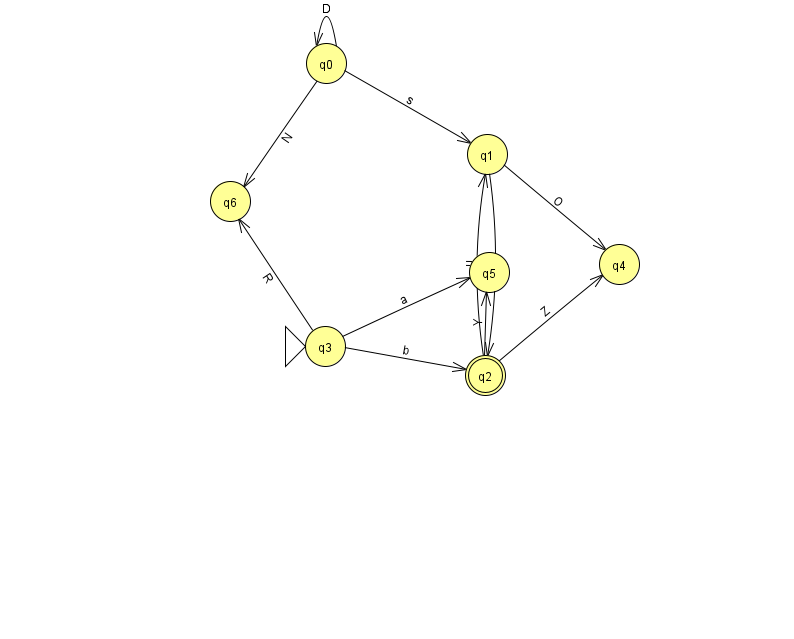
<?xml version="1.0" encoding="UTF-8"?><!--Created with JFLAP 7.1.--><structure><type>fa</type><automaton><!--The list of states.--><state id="0" name="q0"><x>326.0</x><y>50.0</y></state><state id="1" name="q1"><x>487.0</x><y>141.0</y></state><state id="2" name="q2"><x>485.0</x><y>362.0</y><final/></state><state id="3" name="q3"><x>325.0</x><y>333.0</y><initial/></state><state id="4" name="q4"><x>619.0</x><y>251.0</y></state><state id="5" name="q5"><x>489.0</x><y>259.0</y></state><state id="6" name="q6"><x>230.0</x><y>188.0</y></state><!--The list of transitions.--><transition><from>2</from><to>1</to><read>u</read></transition><transition><from>1</from><to>2</to><read>v</read></transition><transition><from>0</from><to>0</to><read>D</read></transition><transition><from>2</from><to>5</to><read>Y</read></transition><transition><from>3</from><to>5</to><read>a</read></transition><transition><from>0</from><to>1</to><read>s</read></transition><transition><from>0</from><to>6</to><read>N</read></transition><transition><from>2</from><to>4</to><read>Z</read></transition><transition><from>3</from><to>2</to><read>b</read></transition><transition><from>1</from><to>4</to><read>O</read></transition><transition><from>3</from><to>6</to><read>R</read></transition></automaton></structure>